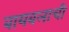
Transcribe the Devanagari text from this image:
बायबलाची